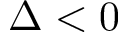
\Delta < 0